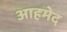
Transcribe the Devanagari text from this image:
आहमेद